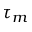
\tau _ { m }